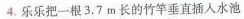
4.乐乐把一根3.7m长的竹竿垂直插入水池